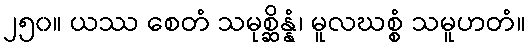
၂၅၀။ ယဿ စေတံ သမုစ္ဆိန္နံ၊ မူလဃစ္စံ သမူဟတံ။